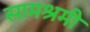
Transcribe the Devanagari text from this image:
सामश्रमी